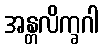
အန္တလိက္ခဂါ